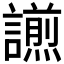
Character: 𧬫